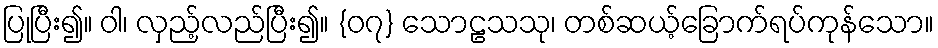
ပြုပြီး၍။ ဝါ၊ လှည့်လည်ပြီး၍။ {၀၇} သောဠသသု၊ တစ်ဆယ့်ခြောက်ရပ်ကုန်သော။